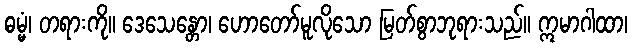
ဓမ္မံ၊ တရားကို။ ဒေသေန္တော၊ ဟောတော်မူလိုသော မြတ်စွာဘုရားသည်။ ဣမာဂါထာ၊